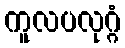
ကူလပလုဂ္ဂံ